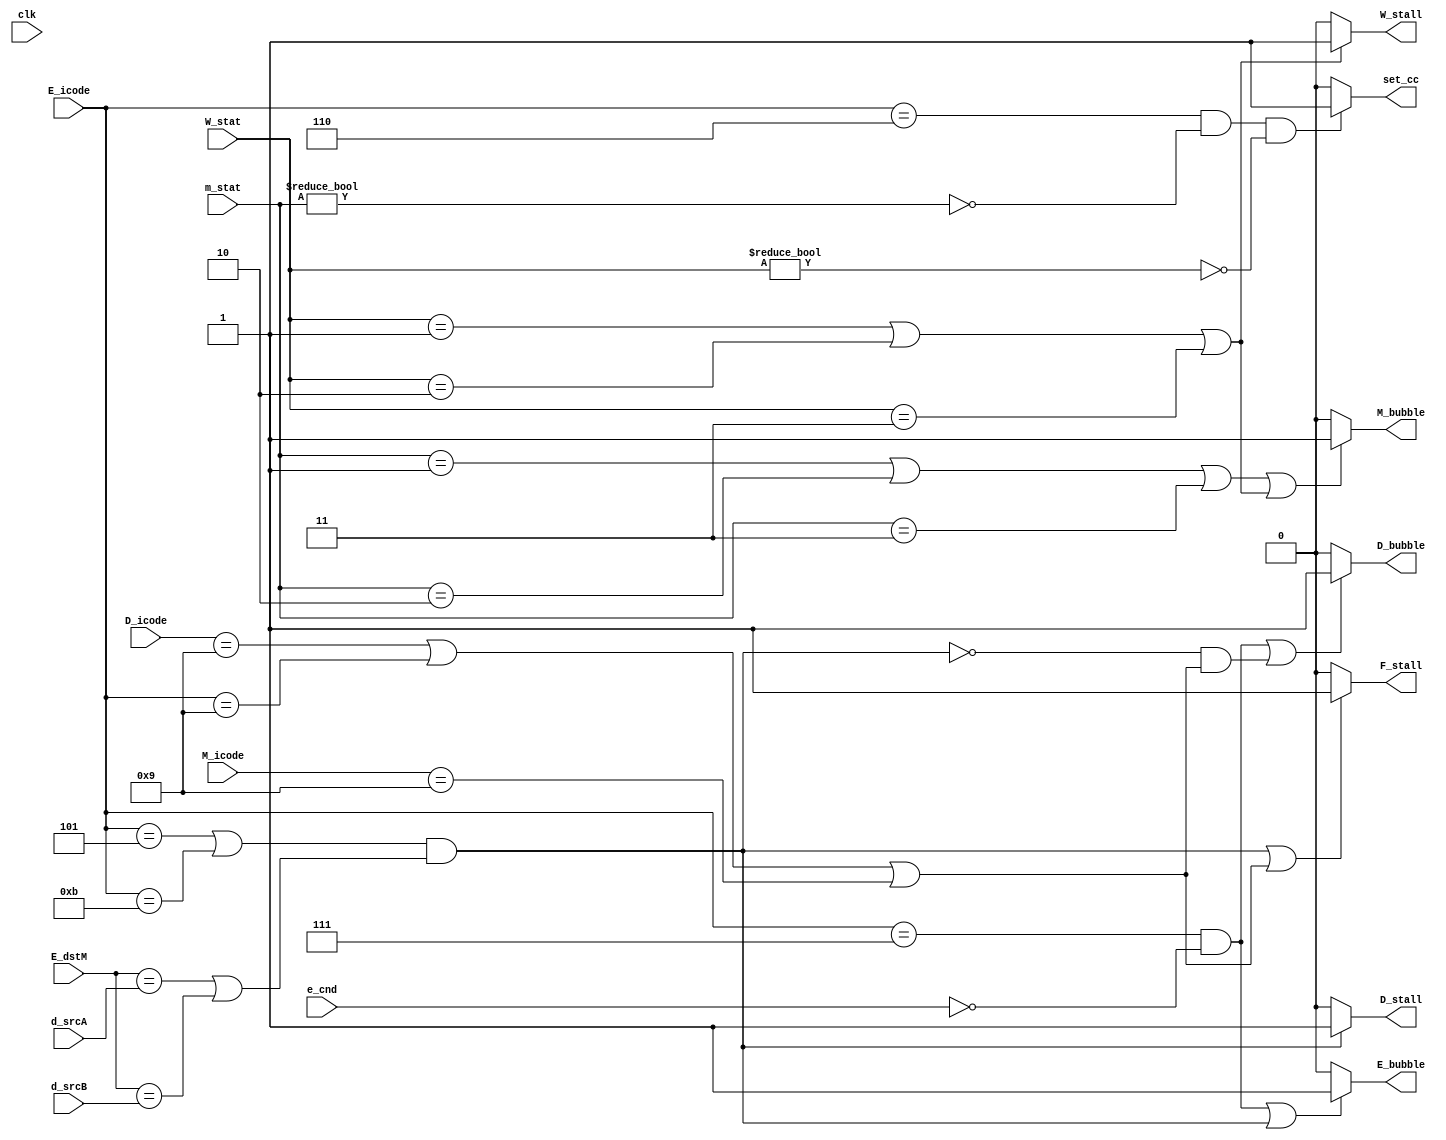
`timescale 1ns / 1ps

module control(
    input clk,
    input [3:0] d_srcA, d_srcB, D_icode,
    input [3:0] E_dstM, E_icode, 
    input e_cnd,
    input [3:0] M_icode,
    input [1:0] W_stat, m_stat,

    output reg F_stall,
    output reg D_bubble, D_stall,
    output reg E_bubble, 
    output reg set_cc,
    output reg M_bubble, 
    output reg W_stall
);

initial begin
    F_stall = 0;
    D_bubble = 0;
    D_stall = 0;
    E_bubble = 0;
    set_cc = 0;
    M_bubble = 0;
    W_stall = 0;
end

always @(*) begin
    //F_stall conditions 
    if(((E_icode == 4'h5 || E_icode == 4'hB) && (E_dstM == d_srcA || E_dstM == d_srcB)) || (D_icode == 4'h9 || E_icode == 4'h9 || M_icode == 4'h9))
    begin
        F_stall = 1;
    end
    else begin
        F_stall = 0;
    end

    //D_stall conditions 
    if((E_icode == 4'h5 || E_icode == 4'hB) && (E_dstM == d_srcA || E_dstM == d_srcB))
    begin
        D_stall = 1;
    end
    else begin
        D_stall = 0; 
    end
    //D_bubble conditions
    if((E_icode == 4'h7 && !e_cnd) || !((E_icode == 4'h5 || E_icode == 4'hB) && (E_dstM == d_srcA || E_dstM == d_srcB)) && (D_icode == 4'h9 || E_icode == 4'h9 || M_icode == 4'h9))
    begin
        D_bubble = 1;
    end
    else begin
        D_bubble = 0;
    end

    //E_bubble conditions
    if((E_icode == 4'h7 && !e_cnd)|| (E_icode == 4'h5 || E_icode == 4'hB)&& (E_dstM == d_srcA || E_dstM == d_srcB))
    begin
        E_bubble = 1;
    end
    else begin
        E_bubble = 0;
    end

    //M_bubble conditions 
    if((m_stat == 1 || m_stat == 2 || m_stat == 3) || (W_stat == 1 || W_stat == 2 || W_stat == 3))begin
        M_bubble = 1;
    end
    else begin
        M_bubble = 0; 
    end
    //W_stall conditions 
    if(W_stat == 1 || W_stat == 2 || W_stat == 3)begin
        W_stall = 1;
    end
    else begin
        W_stall = 0; 
    end

    //set_cc conditions 
    if((E_icode == 4'h6) && !(m_stat!=0) && !(W_stat != 0))begin
        set_cc = 1;
    end
    else begin
        set_cc = 0; 
    end
end
endmodule